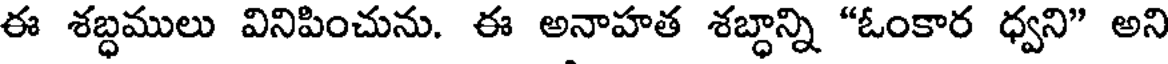
ఈ శబ్ధములు వినిపించును. ఈ అనాహత శబ్ధాన్ని "ఓంకార ధ్వని" అని